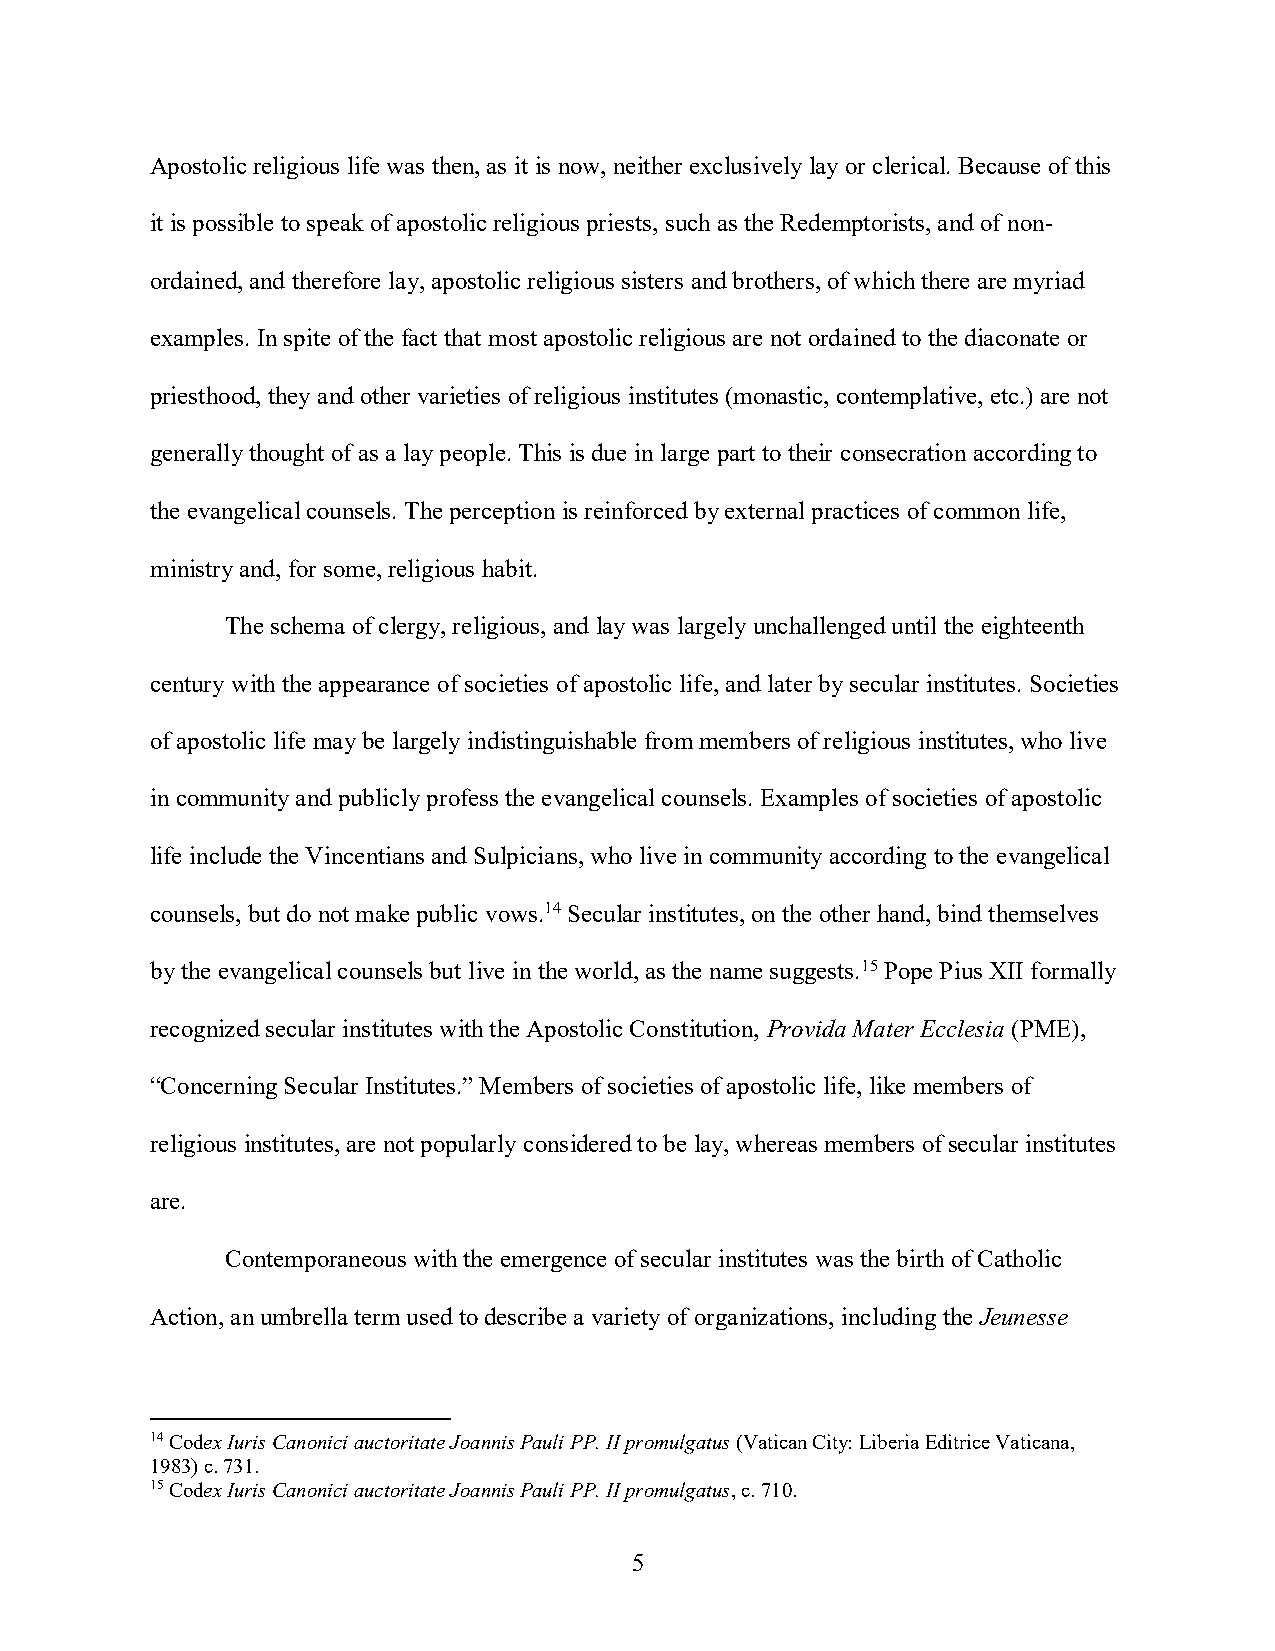
Apostolic religious life was then, as it is now, neither exclusively lay or clerical. Because of this
 it is possible to speak of apostolic religious priests, such as the Redemptorists, and of non-
 ordained, and therefore lay, apostolic religious sisters and brothers, of which there are myriad
 examples. In spite of the fact that most apostolic religious are not ordained to the diaconate or
 priesthood, they and other varieties of religious institutes (monastic, contemplative, etc.) are not
 generally thought of as a lay people. This is due in large part to their consecration according to
 the evangelical counsels. The perception is reinforced by external practices of common life,
 ministry and, for some, religious habit.
 The schema of clergy, religious, and lay was largely unchallenged until the eighteenth
 century with the appearance of societies of apostolic life, and later by secular institutes. Societies
 of apostolic life may be largely indistinguishable from members of religious institutes, who live
 in community and publicly profess the evangelical counsels. Examples of societies of apostolic
 life include the Vincentians and Sulpicians, who live in community according to the evangelical
 counsels, but do not make public vows.14 Secular institutes, on the other hand, bind themselves
 by the evangelical counsels but live in the world, as the name suggests.15 Pope Pius XII formally
 recognized secular institutes with the Apostolic Constitution, Provida Mater Ecclesia (PME),
 “Concerning Secular Institutes.” Members of societies of apostolic life, like members of
 religious institutes, are not popularly considered to be lay, whereas members of secular institutes
 are.
 Contemporaneous with the emergence of secular institutes was the birth of Catholic
 Action, an umbrella term used to describe a variety of organizations, including the Jeunesse
 14 Codex Iuris Canonici auctoritate Joannis Pauli PP. II promulgatus (Vatican City: Liberia Editrice Vaticana,
 1983) c. 731.
 15 Codex Iuris Canonici auctoritate Joannis Pauli PP. II promulgatus, c. 710.
 5